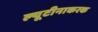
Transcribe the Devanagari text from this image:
ल्यूटीनाकरक